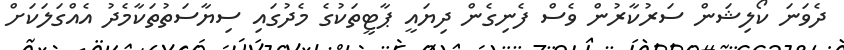
ދެވަނަ ކޯލިޝަން ސަރުކާރުން ވެސް ފެނިގެން ދިޔައީ ޕާޓީތަކުގެ މެދުގައި ސިޔާސަތުތަކާމެދު އެއްގަލަކަށް